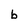
Character: b